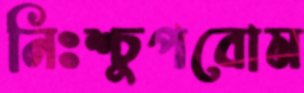
নিঃশ্চুপবোম